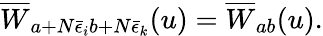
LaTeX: \overline{{{W}}}_{a+N\bar{\epsilon}_{i}b+N\bar{\epsilon}_{k}}(u)=\overline{{{W}}}_{ab}(u).